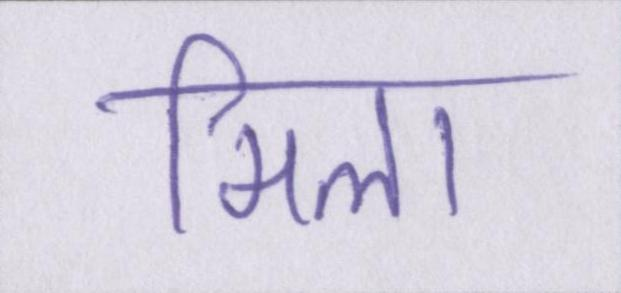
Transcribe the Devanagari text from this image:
मिला